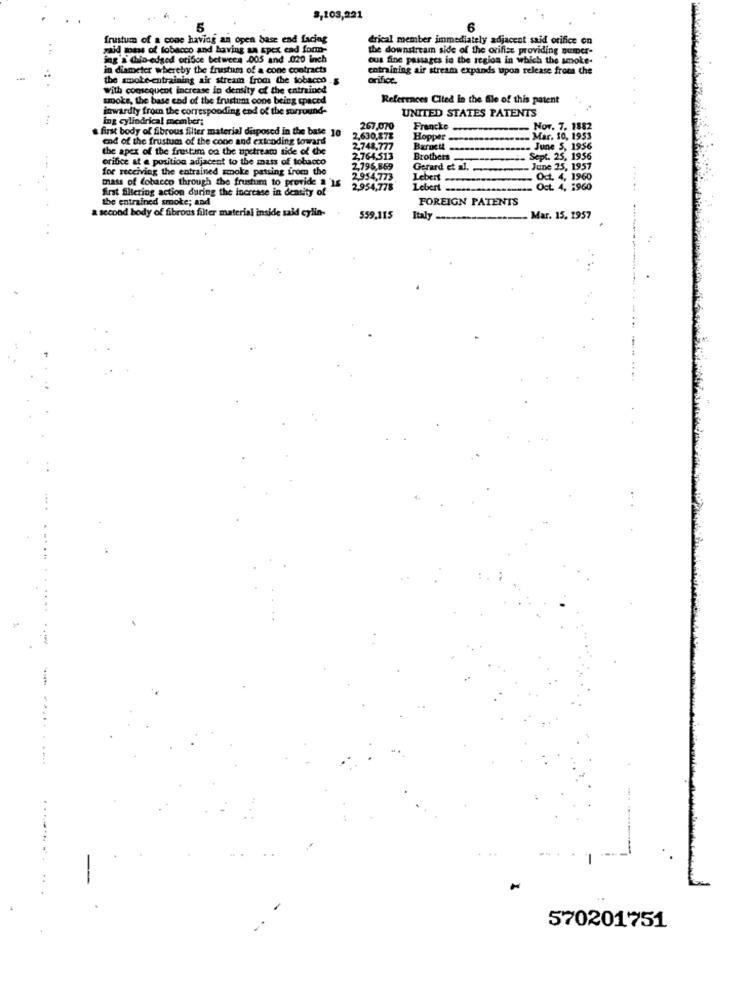
8,103,221
5
6
frustum of a cone having an open base end facing
drical member immediately adjacent said orifice on
zaid mass of tobacco and having sa spex end form-
the downstream side of the orifiec providing Bumper-
ing's chio-edged orifice between .005 and .020 inch
ous fine passages in the region in which the smoke-
in diameter whereby the frustum of a cone contracts
entraining air stream expands upon release from the
the smoke-entraining air stream from the tobacco
orifice.
With consequent increase in density of the entrained
smoke, the base end of the frustum cone being spaced
References Cited In the file of this patent
inwardly from the corresponding end of the surrou
UNITED STATES PATENTS
ing cylindrical member;
& first body of fibrous filter material disposed in the base 10
267,070
Francko ..
Nor. 7. 1882
end of the frustum of the cone and extending toward
2,630,87%
Hopper
Mar. 10, 1953
the apex of the frustim on the upstream side of the
2,748,777
June S, 1956
orifice at @ position adjacent to the mass of tobacco
2,764,513
Brothers
Sept. 25, 1956
for receiving the entrained smoke passing from the
2,795,869
Gerard et al.
June 25, 1957
mats of tobacco through the frustum to provide a 16
2.954,773
Lebert
Oct. 4, 1960
first filtering action during the increase in density of
2,954,778
Lebert
Oct. 4, 1960
the entrained smoke; and
FOREIGN PATENTS
& second body of fibrous filler material inside said cylin-
559.115
Italy
. Mar. 15. 1957
570201751